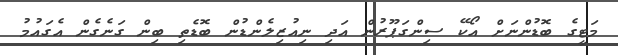
މަޓީގެ ބޮޑުންނަށް އޯކޭ ސިންގަޕޫރުން އަދި ނިއުޒިލެންޑުން ބޮޑެތި ބިން ގަނެގެން އެގައުމު